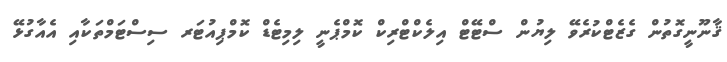
ޤާނޫނީގޮތުން ގެޒެޓްކުރެވޭ ލިޔުން ސްޓޭޓް އިލެކްޓްރިކް ކޮމްޕެނީ ލިމިޓެޑް ކޮމްޕިއުޓަރ ސިސްޓަމްތަކާއި އެއާގުޅޭ